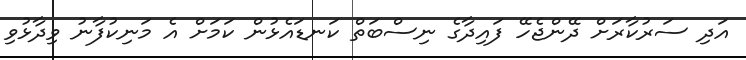
އަދި ސަރުކާރަށް ދޭންޖެހޭ ފައިދާގެ ނިސްބަތް ކަނޑައެޅުން ކަމަށް އެ މަނިކުފާނު ވިދާޅުވި